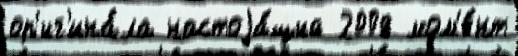
ор'иг'ина́ла настоjа́щий 2008 мом'е́нт